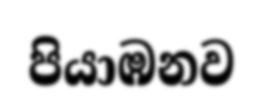
පියාඹනව